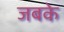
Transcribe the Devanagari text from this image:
जबके